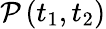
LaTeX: \mathcal{P}\left(t_{1},t_{2}\right)